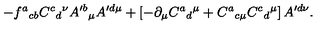
- f ^ { a } { } _ { c b } C ^ { c } { } _ { d } { } ^ { \nu } A ^ { \prime b } { } _ { \mu } A ^ { \prime d \mu } + \left[ - \partial _ { \mu } C ^ { a } { } _ { d } { } ^ { \mu } + C ^ { a } { } _ { c \mu } C ^ { c } { } _ { d } { } ^ { \mu } \right] A ^ { \prime d \nu } .